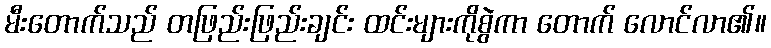
မီးတောက်သည် တဖြည်းဖြည်းချင်း ထင်းများကိုစွဲကာ တောက် လောင်လာ၏။